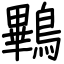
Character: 鷝